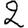
Digit: 2